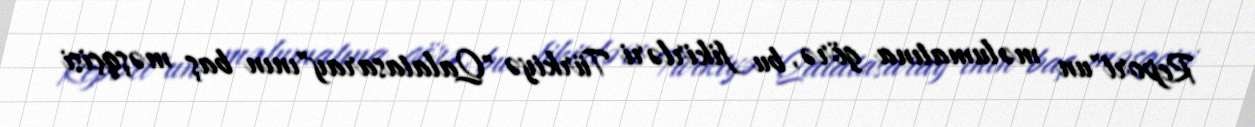
Report"un məlumatına görə, bu fikirləri Türkiyə "Qalatasaray"ının baş məşqçisi